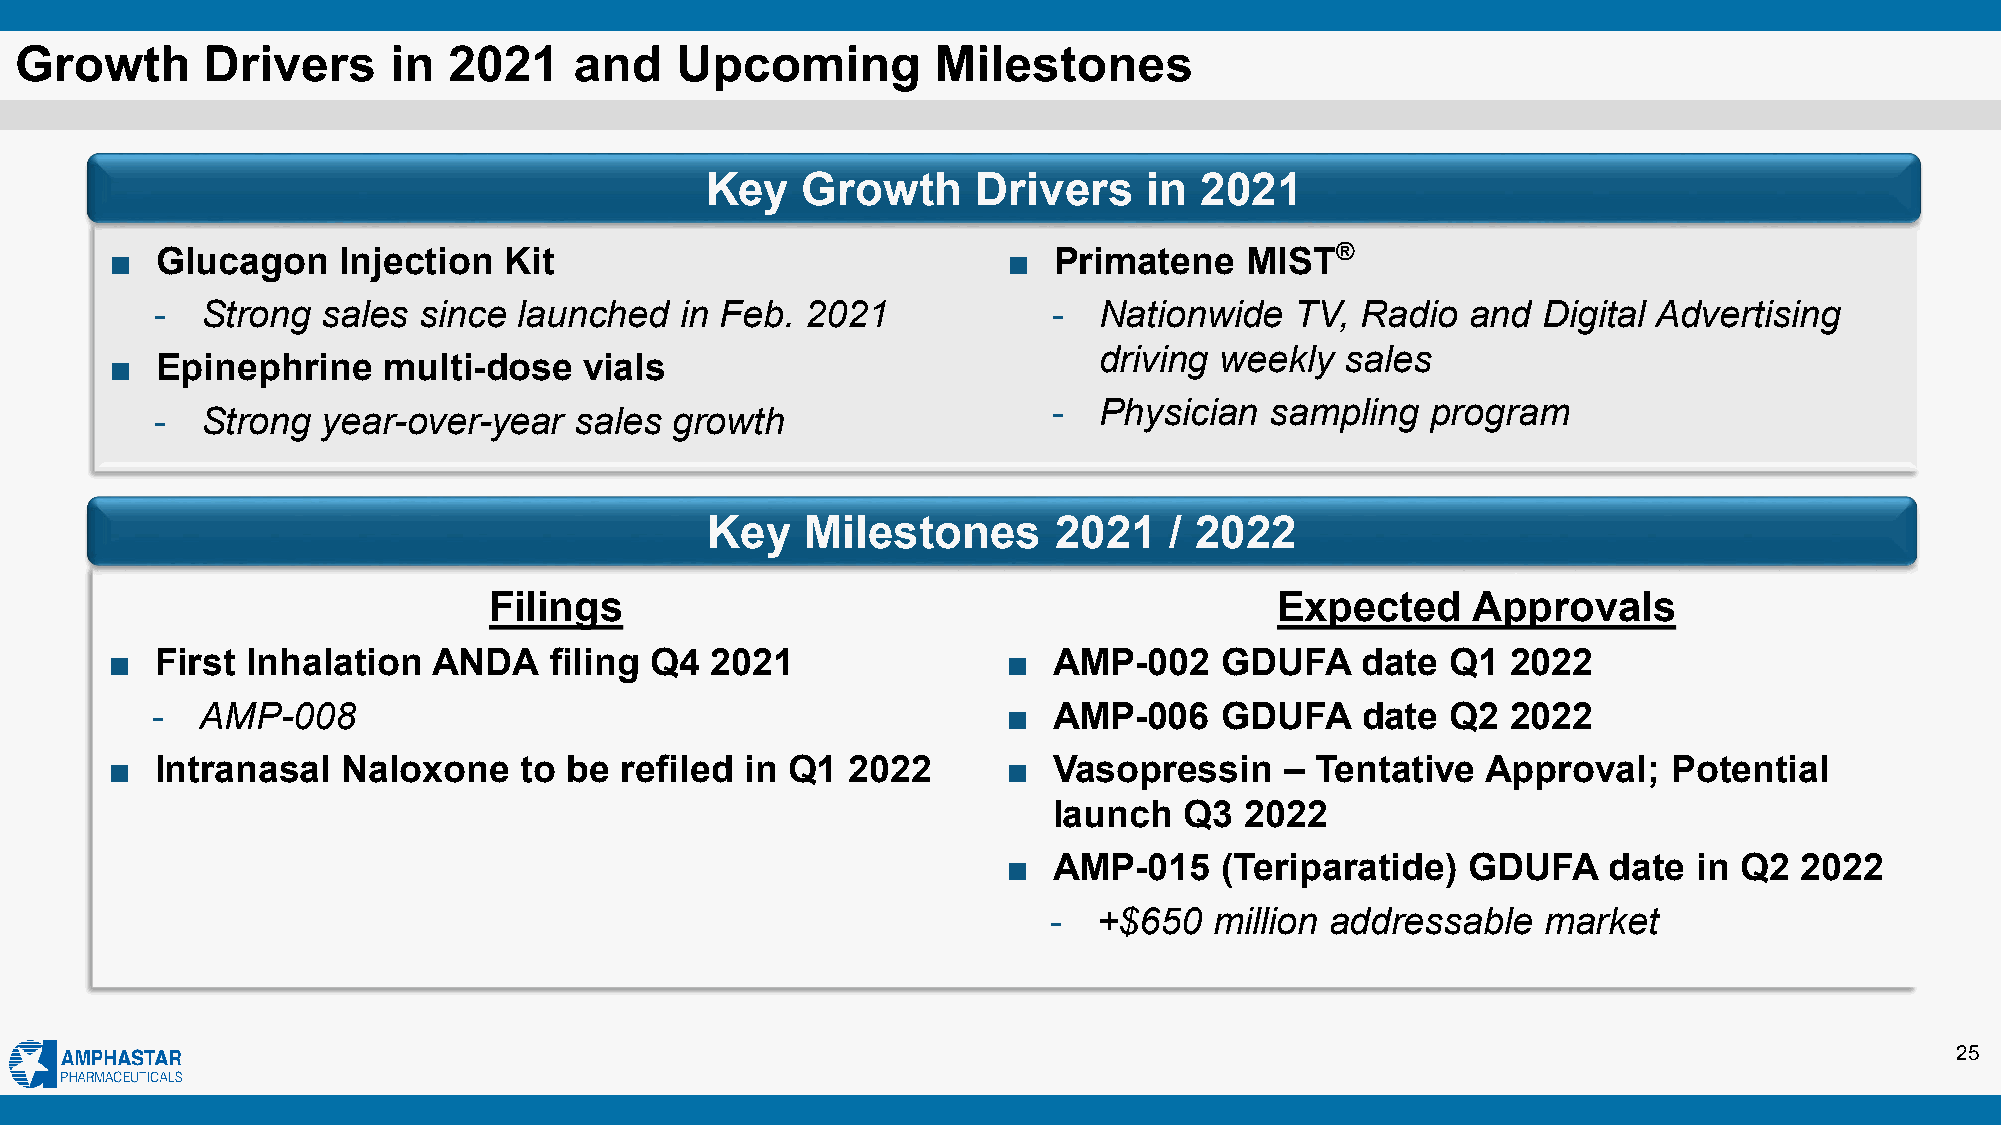
Growth      Drivers      in  2021    and    Upcoming         Milestones
 Key   Growth      Drivers    in 2021
 ■  Glucagon    Injection  Kit                               ■  Primatene   MIST®
 -  Strong  sales  since launched   in Feb. 2021             -  Nationwide   TV, Radio  and  Digital Advertising
 driving weekly  sales
 ■  Epinephrine    multi-dose    vials
 -  Physician  sampling   program
 -  Strong  year-over-year   sales  growth
 Key   Milestones       2021   / 2022
 Filings                                              Expected    Approvals
 ■  First Inhalation   ANDA   filing Q4  2021                ■  AMP-002    GDUFA    date  Q1  2022
 -  AMP-008                                               ■  AMP-006    GDUFA    date  Q2  2022
 ■  Intranasal   Naloxone    to be refiled in Q1  2022       ■  Vasopressin    – Tentative  Approval;    Potential
 launch  Q3  2022
 ■  AMP-015    (Teriparatide)  GDUFA    date  in Q2  2022
 -   +$650  million addressable   market
 25